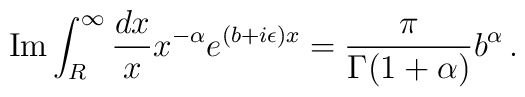
{\rm Im} \int_{R}^{\infty}\frac{dx}{x}x^{-\alpha} e^{(b + i\epsilon)x} = \frac{\pi}{\Gamma(1 + \alpha)} b^{\alpha} \, .